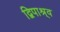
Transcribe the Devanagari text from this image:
द्विपाश्र्व